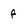
Character: f